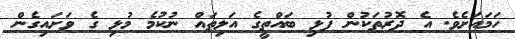
ހަމައަށެވެ. އެ ދޮރުތަކުން ފުޅި ބައްތީގެ އަލިތައް ނުކުމެ މުޅި ގެ ވަށައިގެން